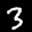
Label: 3